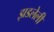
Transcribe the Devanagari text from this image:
झडलेली